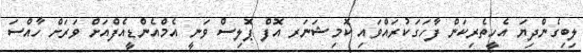
ލިބިގެންދިޔަ އެހީތެރިކަން ފާހަގަކުރައްވައި ކޮމިޝަނަރ އޮފް ޕޮލިސް ވަނީ އެމްއެންޑީއެފްއަށް ވަރަށް ހާއްސަ